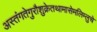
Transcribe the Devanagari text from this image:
अस्तंगतेगुरौशुक्रेतथामासेमलिम्लुचे